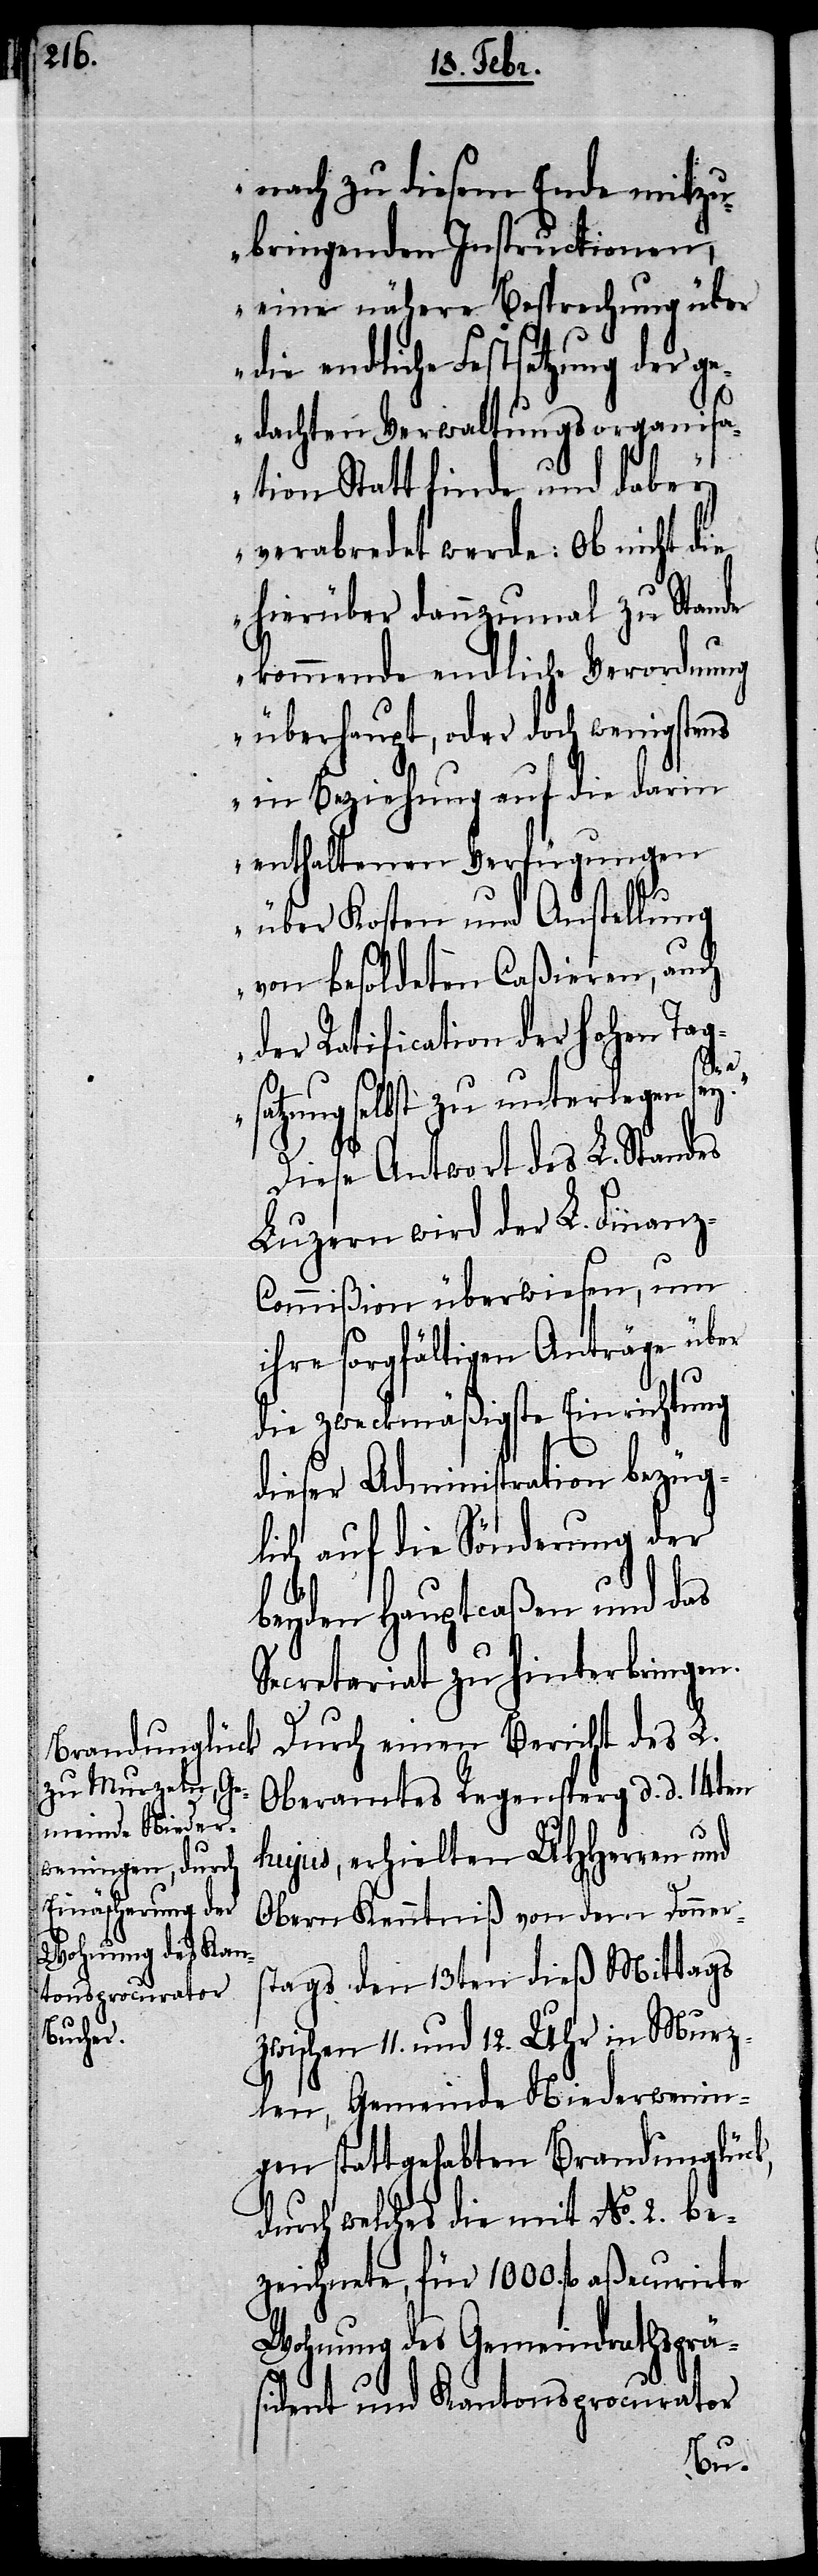
nach zu diesem Ende mitzu¬
bringenden Instructionen,
eine nähere Besprechung über
die endliche Festsetzung der g¬
edachten Verwaltungsorganis¬
ation Statt finde und dabey
verabredet werde: Ob nicht die
hierüber dannzumal zu Stande
kommende endliche Verordnung
überhaupt, oder doch wenigstens
in Beziehung auf die darin
enthaltenen Verfügungen
über Kosten und Anstellung
von besoldeten Caßieren, auch
der Ratification der hohen Tag¬
satzung selbst zu unterlegen sey.“
Diese Antwort des L. Standes
Luzern wird der L. Finanz-C¬
ommißion überwiesen, um
ihre sorgfältigen Anträge über
die zweckmäßigste Einrichtung
dieser Administration bezüg¬
lich auf die Sönderung der
beyden Hauptcaßen und das
Secretariat zu hinterbringen.
Durch einen Bericht des L.
Oberamtes Regensperg d. d. 14ten
hujus, erhielten UHHerren und
Obern Kenntniß von dem Donners¬
tags den 13ten dieß Mittags
zwischen 11. und 12. Uhr in Murz¬
len, Gemeinde Niederwenin¬
gen stattgehabten Brandunglück,
durch welches die mit No. 2. be¬
zeichnete, für 1000. fl. aßecurirte
Wohnung des Gemeindrathspräs¬
ident und Kantonsprocurator